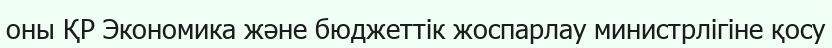
оны ҚР Экономика және бюджеттік жоспарлау министрлігіне қосу